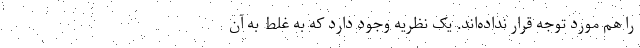
را هم مورد توجه قرار نداده‌اند. یک نظریه وجود دارد که به غلط به آن